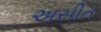
અસીત